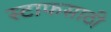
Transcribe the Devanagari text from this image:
स्टाफसाठी